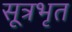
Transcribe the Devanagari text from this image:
सूत्रभृत